kultuurilooline_kollektsioon, lk 14
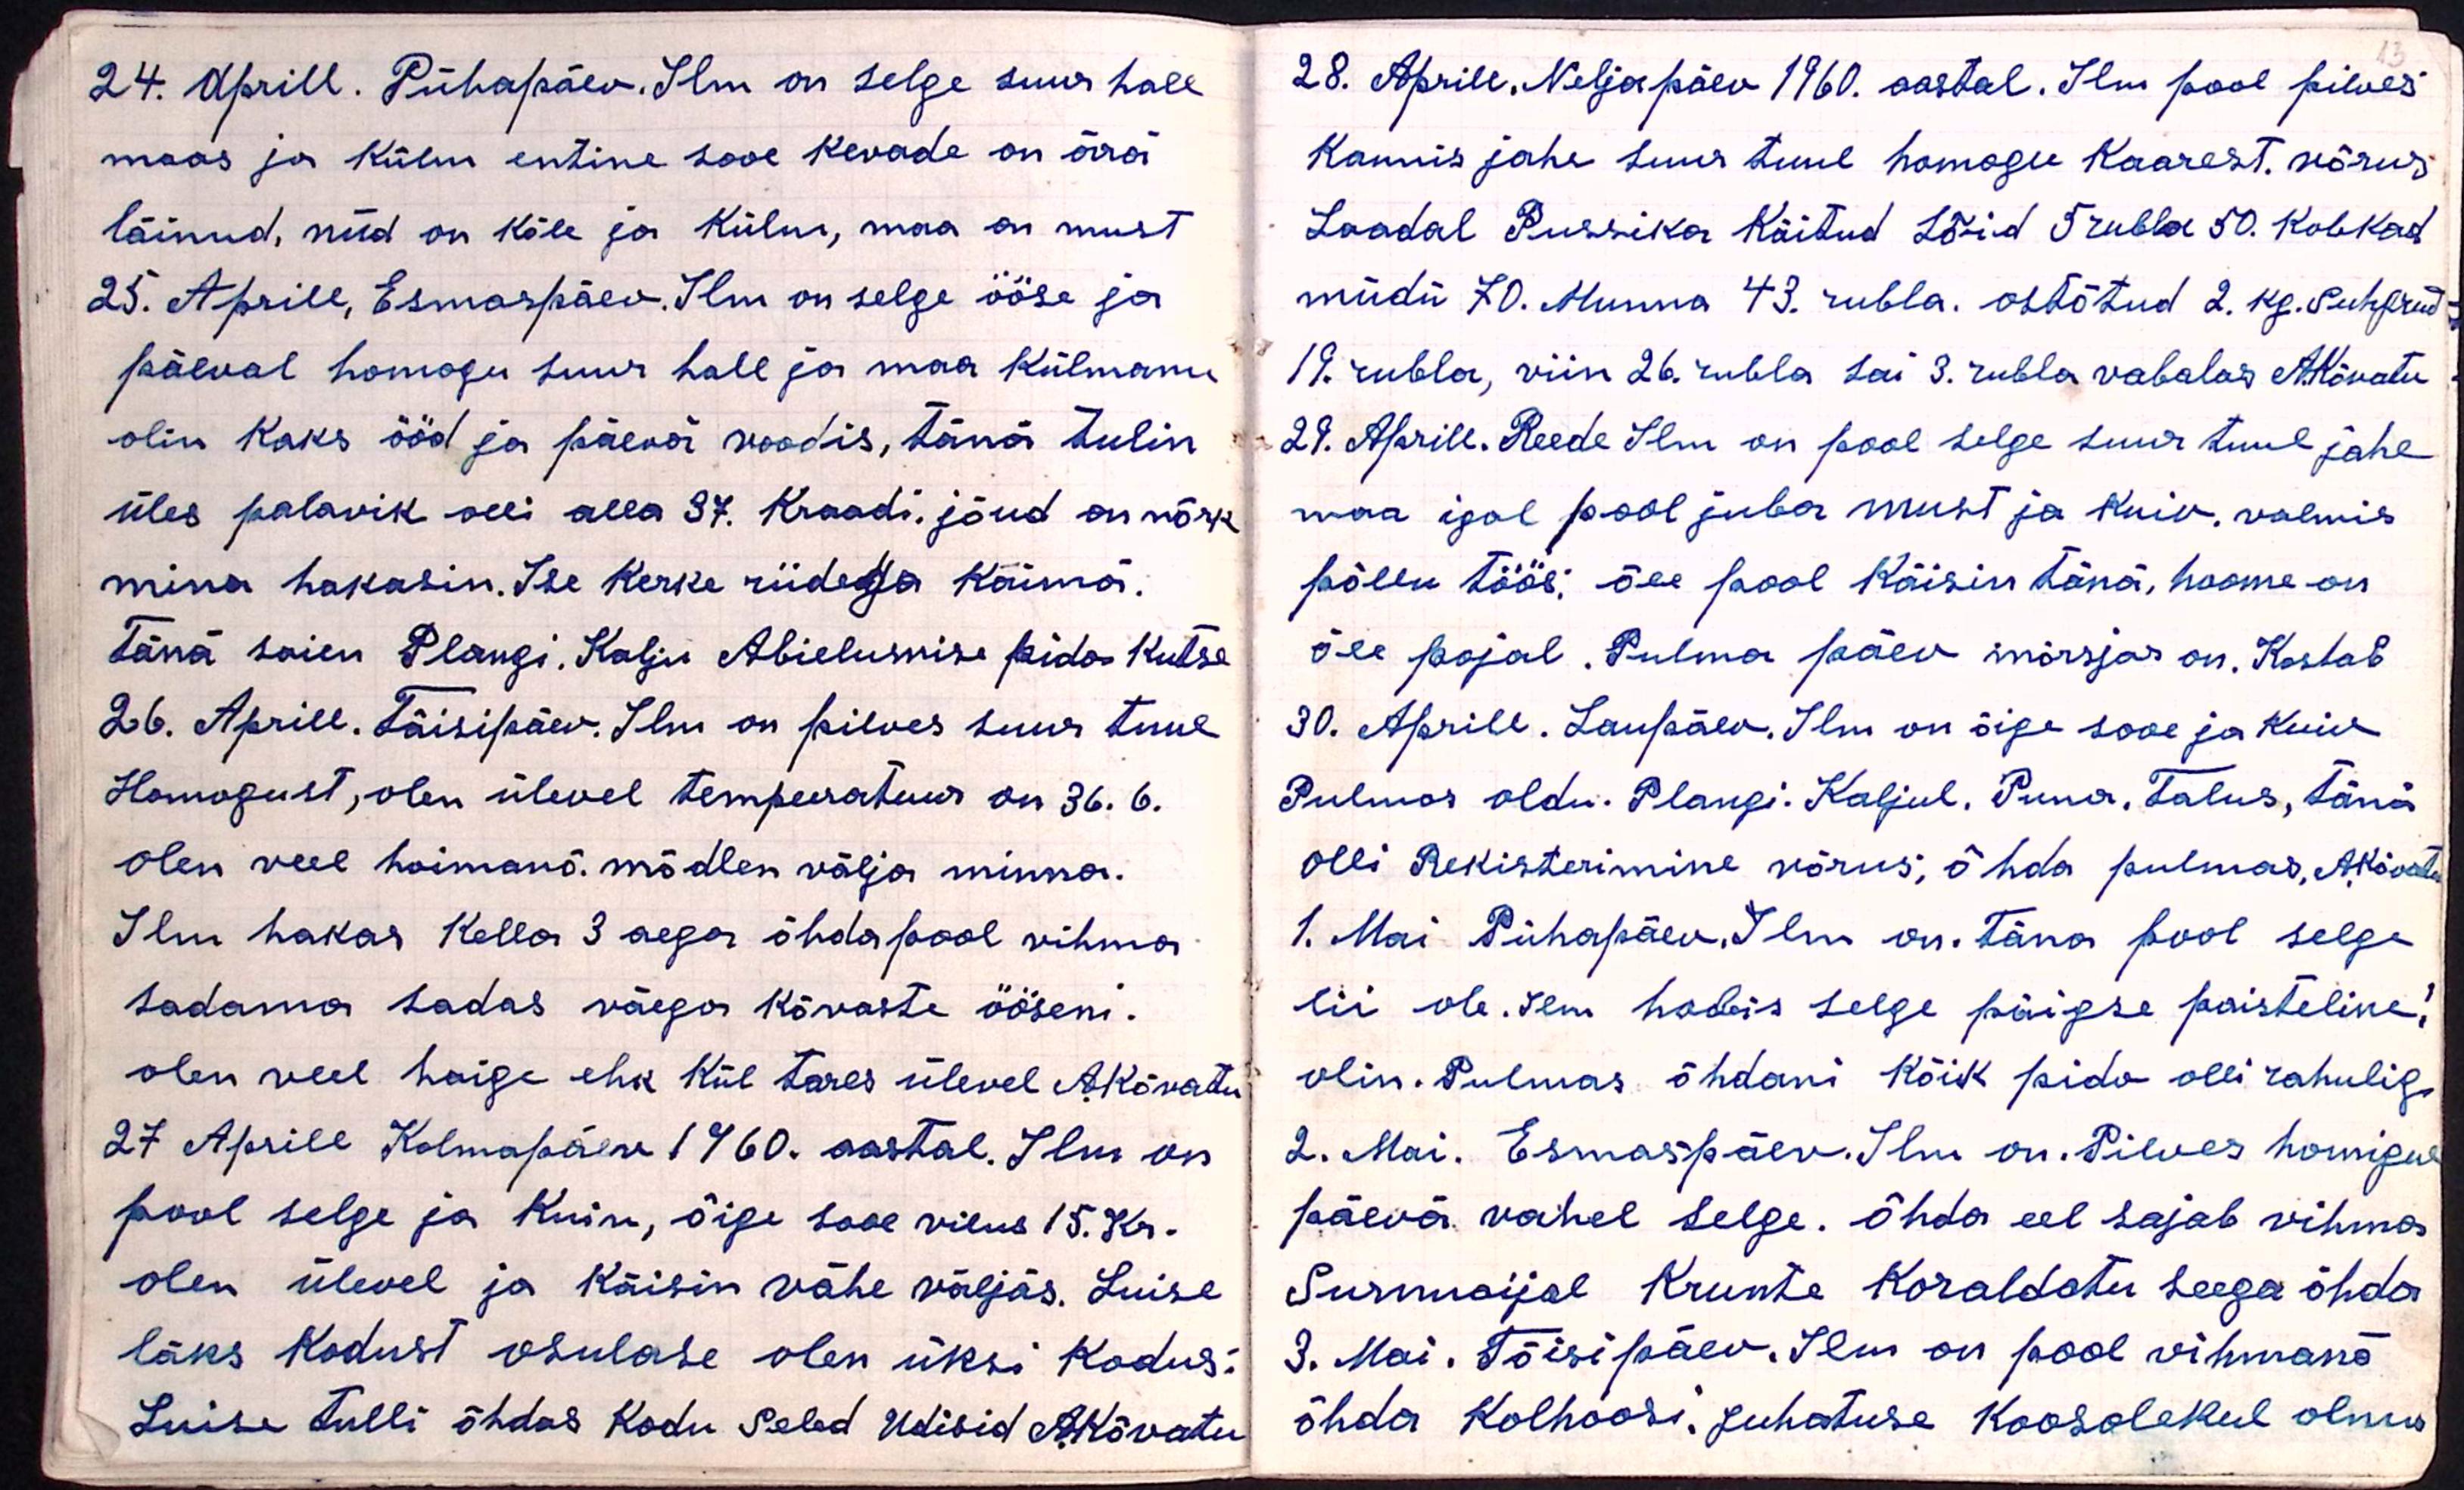
24. Aprill. Pühapäev. Ilm on selge suur hall
maas ja külm entine sooe kevade on ärä
läinud, nüd on kõle ja külm, maa on must
25. Aprill, Esmaspäev. Ilm on selge ööse ja
päeval homogu suur hall ja maa külmanu
olin kaks ööd ja päevä voodis, tänä tulin
üles palavik olli alla 37. Kraadi, jõud on nõrk
mina hakasin. Ise kerke riidega käimä.
Tänä saien Plangi. Kalju Abielumise pido kutse
26. Aprill. Täisipäev. Ilm on pilves suur tuul
Homogust, olen üleval tempeeratuur on 36. 6.
olen veel hoimanõ. mõtlen välja minna.
Ilm hakas kella 3 aega õhdapool vihma
sadama sadas väega kõvaste ööseni.
olen veel haige ehk kül tares ülevel A.Kõvatu
27 Aprill Kolmapäev 1960 aastal. Ilm on
pool selge ja kuiv, õige sooe vilus 15.Kr.
olen ülevel ja käisin vähe väljas. Luise
läks kodust osulase olen üksi kodus.
Luisa tulli õhdas kodu seled Udisid AKõvatu

28. Aprill. Neljapäev 1960. aastal. Ilm pool pilves
kannis jahe suur tuul homogu Kaarest. võrus
Laadal Pussika Käitud Lõid 5 rubla 50. kobkad
müdü 70. Munna 43 rubla. ostõtud 2. kg. Suhgrud
19. rubla, viin 26. rubla sai 3 rubla vabalas A.Kõvatu
29. Aprill. Reede Ilm on pool selge suur tuul jahe
maa igal pool juba must ja kuiv. valmis
põllu töös; õee pool käisin tänä, hoome on
õee pojal. Pulma päev mõrsjas on. Kostab
30. Aprill. Laupäev. Ilm on õige sooe ja kuiv
Pulmas oldu. Plangi. Kaljul. Puna, talus, tänä
olli Rekisterimine võrus, õhda pulmas, AKõvatu
1. Mai Pühapäev. Ilm on. Täna pool selge
eii ole. Ilm hobis selge päigse paisteline!
olin. Pulmas õhdani kõik pido olli rahulig
2. Mai. Esmaspäev. Ilm on. Pilves homigul
päevä vahel selge. Õhda eel sajab vihma
Surnuaijal Krunte koraldatu seega õhda
3. Mai. Tõisipäev. Ilm on pool vihmanõ
õhda Kolhoosi. juhatuse koosolekul olnu